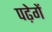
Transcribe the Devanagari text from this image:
पढ़ेगें